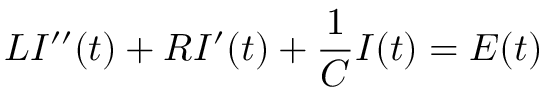
L I ^ { \prime \prime } ( t ) + R I ^ { \prime } ( t ) + { \frac { 1 } { C } } I ( t ) = E ( t )